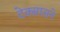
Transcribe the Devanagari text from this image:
टेक्सासने